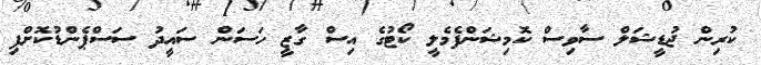
ކުރިން ޖުޑީޝަލް ސާވިސް ކޮމިޝަންފެމެލީ ކޯޓުގެ އިސް ގާޒީ ހަސަން ސައީދު ސަސްޕެންޑުކޮށްފި